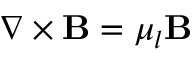
\nabla \times \mathbf { B } = \mu _ { l } \mathbf { B }